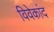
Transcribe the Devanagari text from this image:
विवेकांद